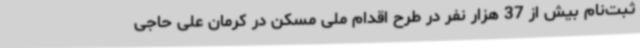
ثبت‌نام بیش از 37 هزار نفر در طرح اقدام ملی مسکن در کرمان علی حاجی